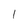
Character: 1